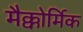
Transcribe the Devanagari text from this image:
मैक्कोर्मिक